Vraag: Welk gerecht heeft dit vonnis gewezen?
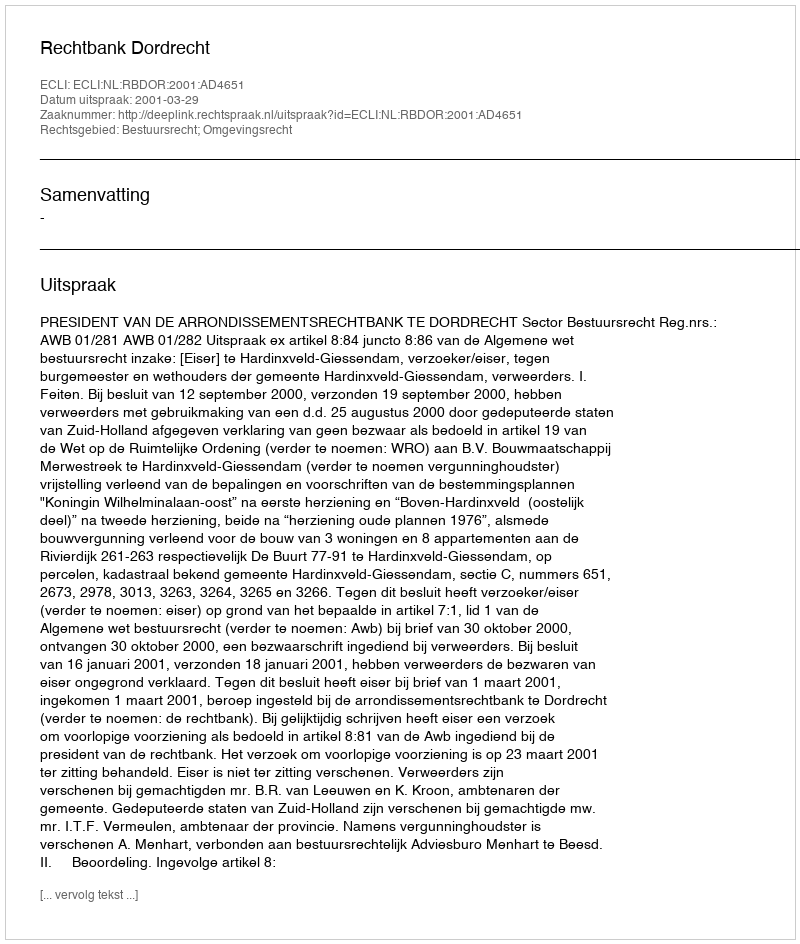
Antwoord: Rechtbank Dordrecht